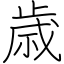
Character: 歳